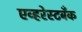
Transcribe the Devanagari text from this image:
एव्हरेस्टबँक